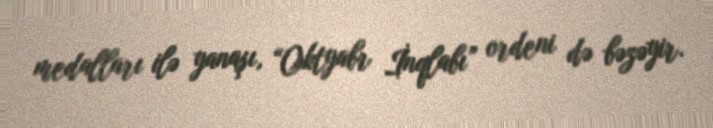
medalları ilə yanaşı, “Oktyabr İnqlabı” ordeni də bəzəyir.